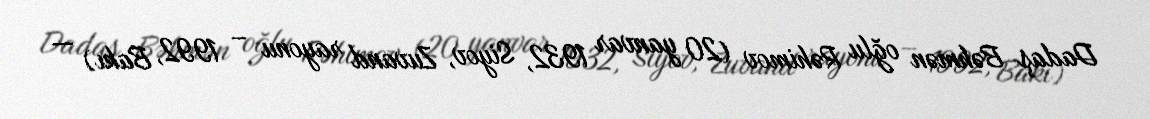
Dadaş Bəhmən oğlu Rəhimov (20 yanvar 1932, Siyov, Zuvand rayonu – 1992, Bakı) —